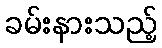
ခမ်းနားသည့်